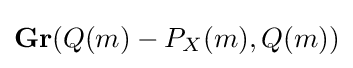
{\textbf {Gr}}(Q(m)-P_{X}(m),Q(m))